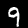
Label: 9